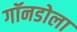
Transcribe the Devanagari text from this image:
गॉनडोला